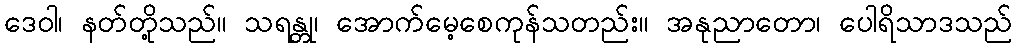
ဒေဝါ၊ နတ်တို့သည်။ သရန္တု၊ အောက်မေ့စေကုန်သတည်း။ အနုညာတော၊ ပေါရိသာဒသည်